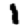
Digit: 1